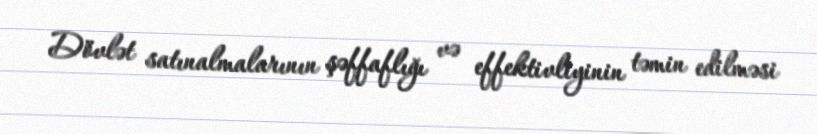
Dövlət satınalmalarının şəffaflığı və effektivliyinin təmin edilməsi